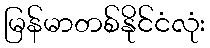
မြန်မာတစ်နိုင်ငံလုံး